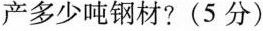
产多少吨钢材?(5分)